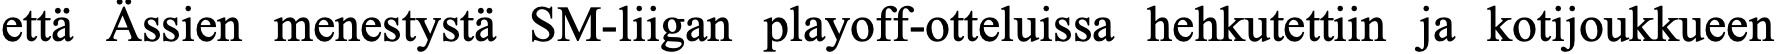
että Ässien menestystä SM-liigan playoff-otteluissa hehkutettiin ja kotijoukkueen